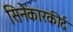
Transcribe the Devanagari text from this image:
सिनेकारकीर्द